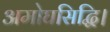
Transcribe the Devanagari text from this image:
अमोघसिद्धि।